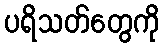
ပရိသတ်တွေကို